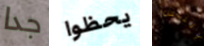
جدا يحظوا الناس